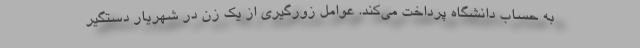
به حساب دانشگاه پرداخت می‌کند. عوامل زورگیری از یک زن در شهریار دستگیر